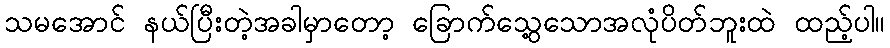
သမအောင် နယ်ပြီးတဲ့အခါမှာတော့ ခြောက်သွေ့သောအလုံပိတ်ဘူးထဲ ထည့်ပါ။